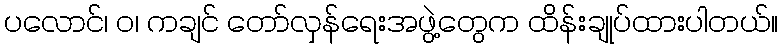
ပလောင်၊ ဝ၊ ကချင် တော်လှန်ရေးအဖွဲ့တွေက ထိန်းချုပ်ထားပါတယ်။